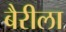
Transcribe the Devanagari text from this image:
बैरीला